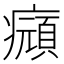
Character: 𤻆